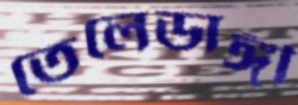
তেলেডাঙ্গী